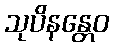
သုပိနန္တေဝ